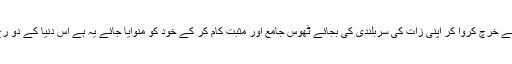
ضرورت اس امر کی ہے دباؤ ڈلوا کر سرمایہ کثیر کسی کی جیب سے خرچ کروا کر اپنی زات کی سربلندی کی بجائے ٹھوس جامع اور مثبت کام کر کے خود کو منوایا جائے یہ ہے اس دنیا کے دو رخ جو میں نے دو ماہ میں دیکھے اور سیر ہو گئی ـ فیصلہ آپ کریں ؟